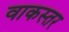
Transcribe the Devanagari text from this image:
वाकस्तर